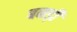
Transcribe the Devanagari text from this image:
बनड़ी